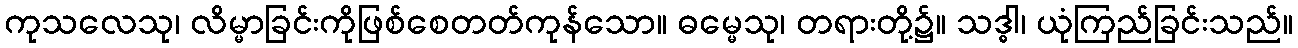
ကုသလေသု၊ လိမ္မာခြင်းကိုဖြစ်စေတတ်ကုန်သော။ ဓမ္မေသု၊ တရားတို့၌။ သဒ္ဓါ၊ ယုံကြည်ခြင်းသည်။